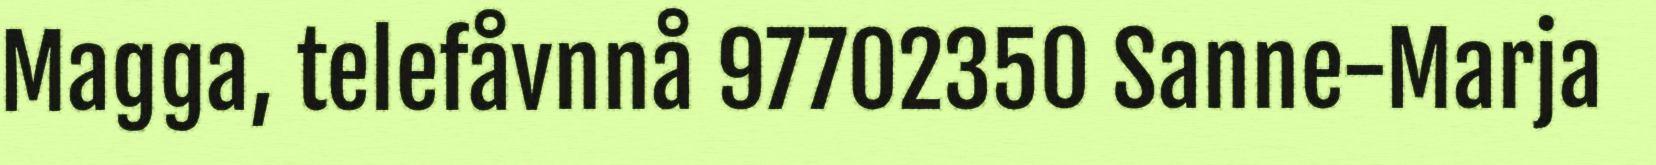
Magga, telefåvnnå 97702350 Sanne-Marja